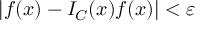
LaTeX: | f ( x ) - I _ { C } ( x ) f ( x ) | < \varepsilon